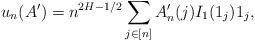
LaTeX: \begin{align*} u_n(A')= n^{2H-1/2} \sum_{j\in[n]} A'_n(j) I_1(1_j) 1_j,\end{align*}